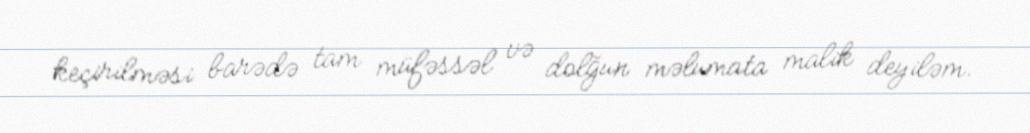
keçirilməsi barədə tam müfəssəl və dolğun məlumata malik deyiləm.